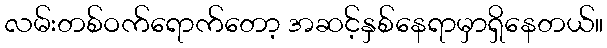
လမ်းတစ်ဝက်ရောက်တော့ အဆင့်နှစ်နေရာမှာရှိနေတယ်။